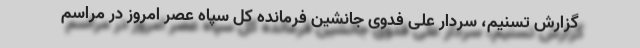
گزارش تسنیم، سردار علی فدوی جانشین فرمانده کل سپاه عصر امروز در مراسم